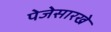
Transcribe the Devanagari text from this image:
पेजेसारखे